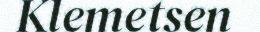
Klemetsen